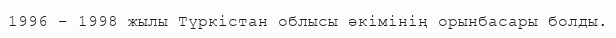
1996 – 1998 жылы Түркістан облысы әкімінің орынбасары болды.